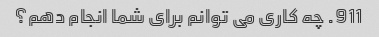
911. چه کاری می توانم برای شما انجام دهم؟